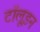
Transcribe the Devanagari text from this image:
टॉलूइन